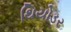
થિયોડર